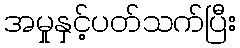
အမှုနှင့်ပတ်သက်ပြီး